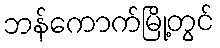
ဘန်ကောက်မြို့တွင်